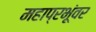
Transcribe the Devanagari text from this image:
महाप्रभूंवर